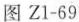
图 Z1-69